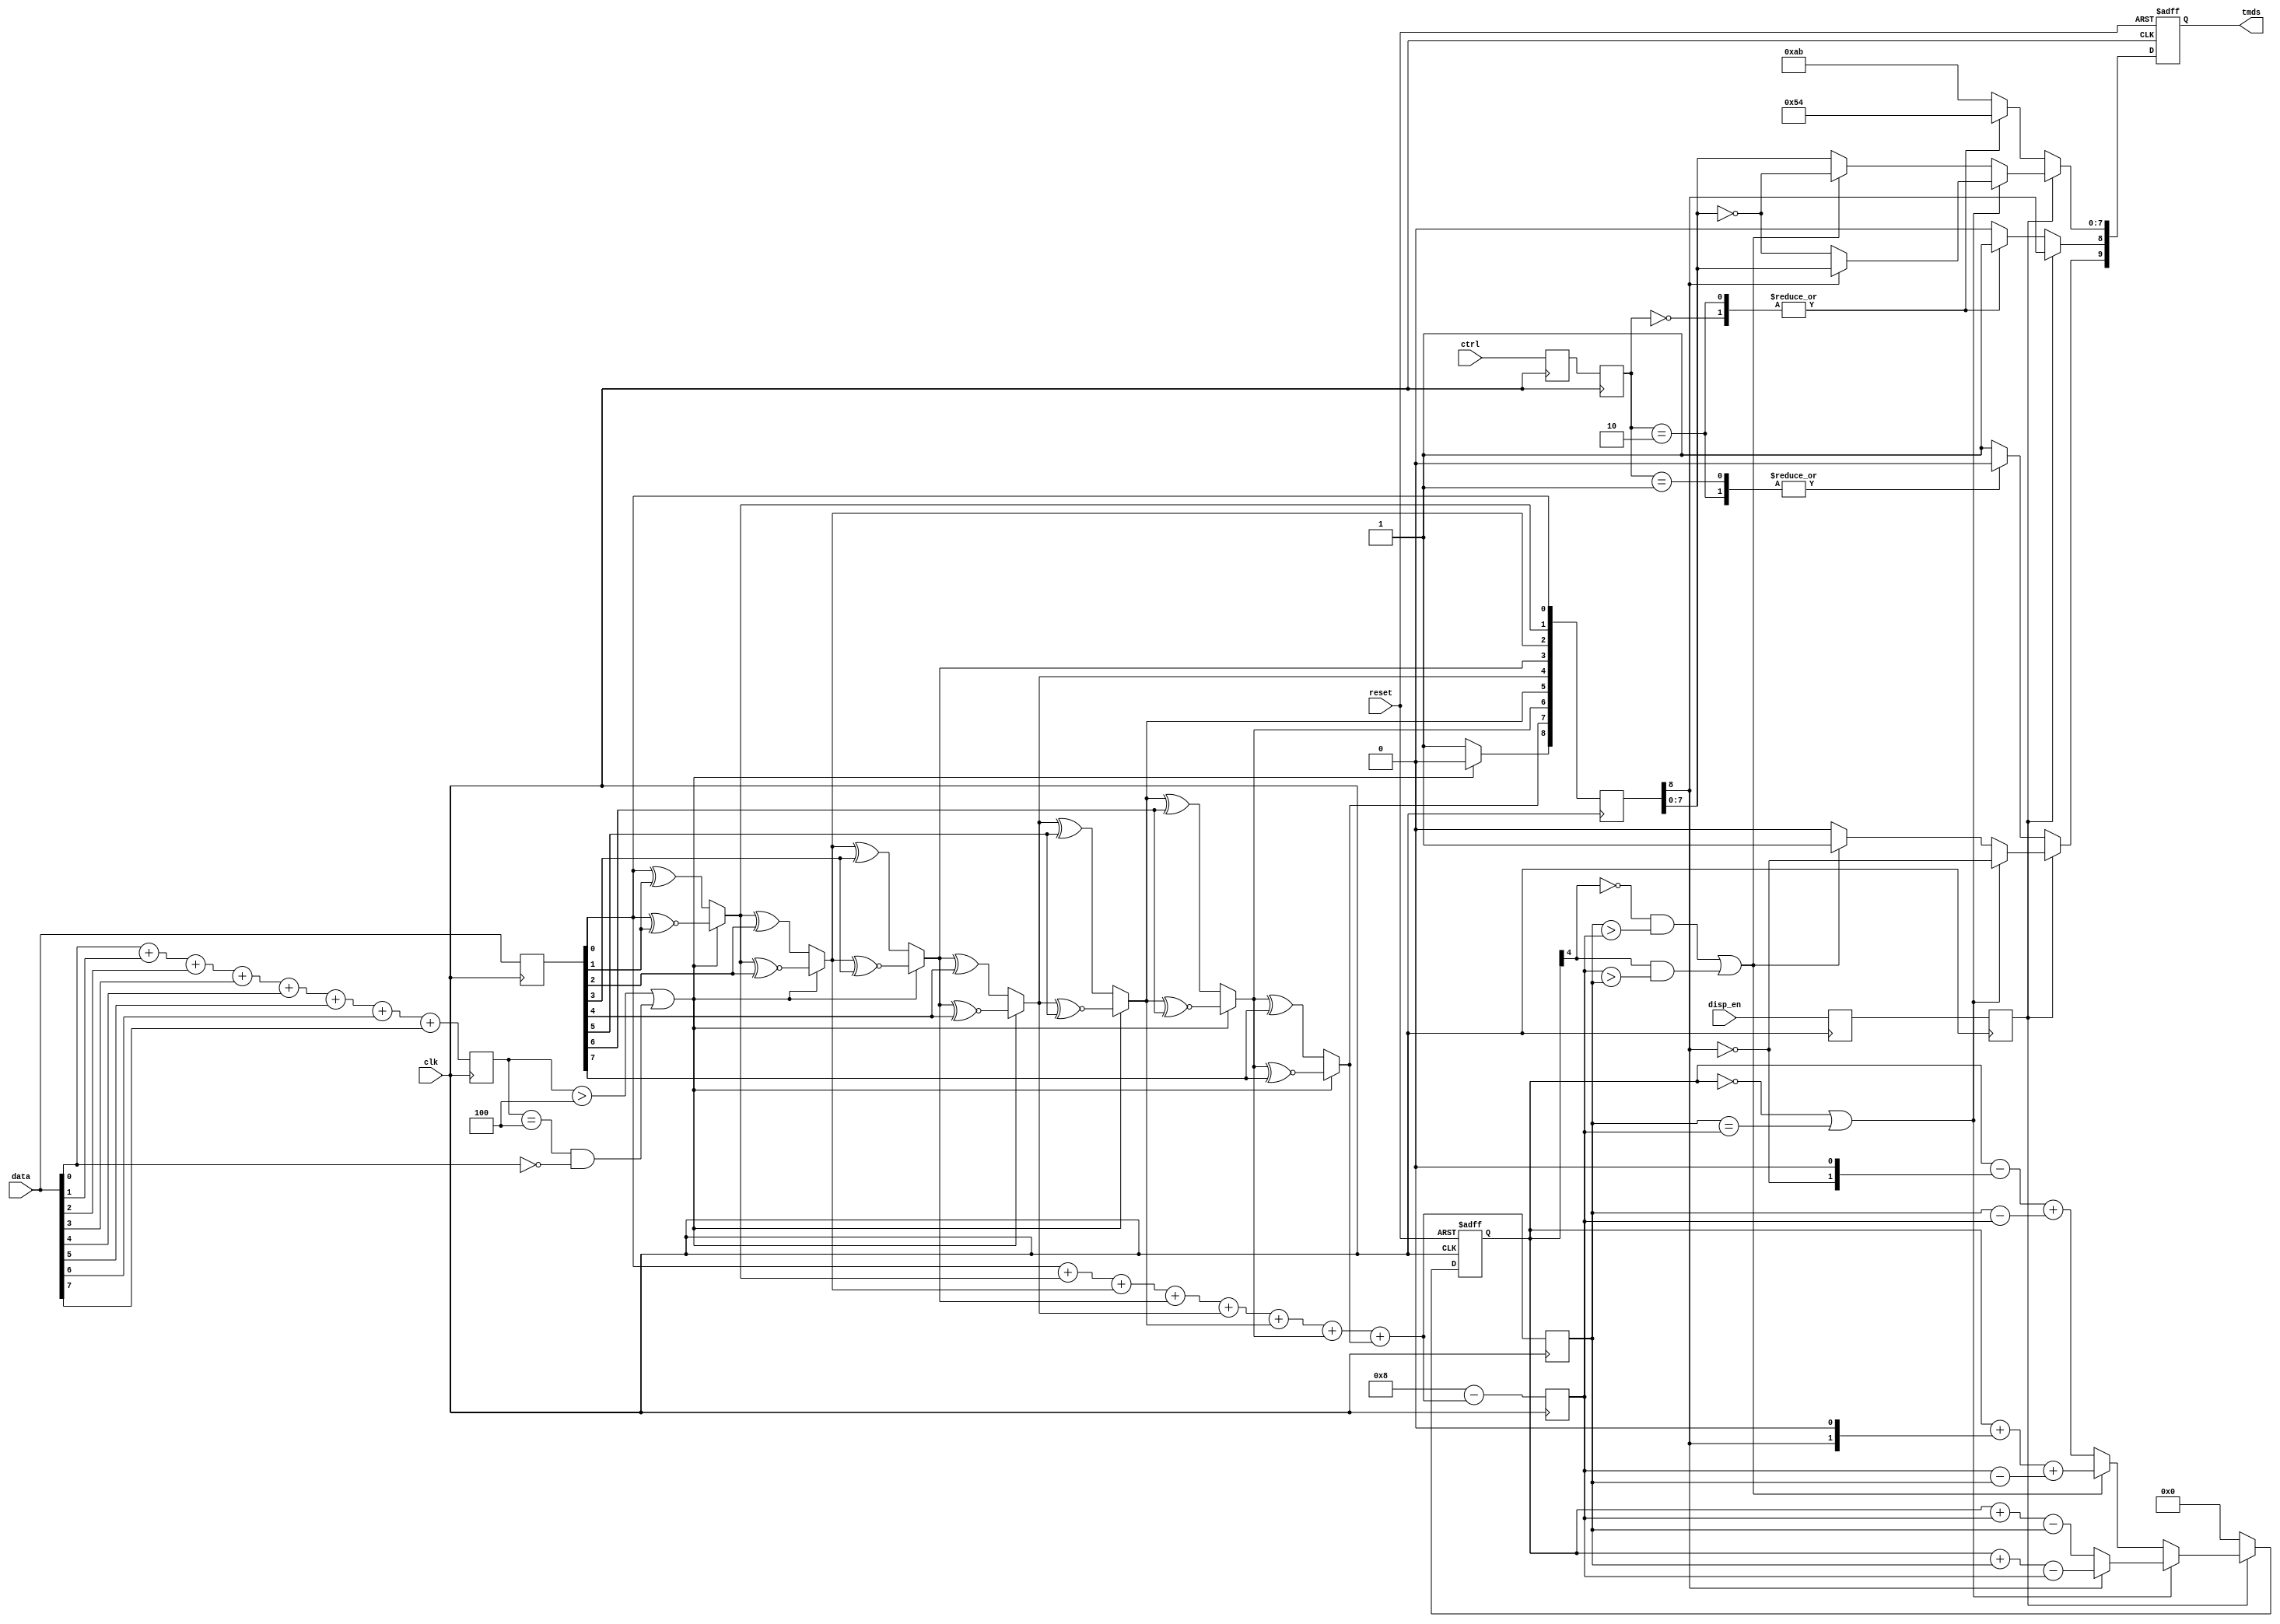
module tmds_encoder(clk, reset, disp_en, ctrl, data, tmds);
    input clk;          // Clock signal
    input reset;        // Reset signal (active-low)
    input disp_en;      // Display data or control data
    input [1:0] ctrl;   // Control bits
    input [7:0] data;   // Input data
    output reg [9:0] tmds;  // TMDS output

    // # of ones for data, # of ones for q_m, # of zeros for q_m
    reg [3:0] n1d, n1q_m, n0q_m;

    // Buffer for first stage data input
    reg [7:0] data_buf;

    // Buffer for first stage data output
    wire [8:0] q_m;

    // operation for 1st stage data transformation
    wire op;

    // signals for pipelining
    reg disp_en_q, disp_en_reg;
    reg [1:0] ctrl_q, ctrl_reg;
    reg [8:0] q_m_reg;

    // Disparity counter
    reg [4:0] disparity;

    // 1st stage: 8-bit to 9-bit transformation

    // Determine XNOR vs XOR operation
    assign op = (n1d > 4'd4) || (n1d == 4'd4 && data[0] == 1'b0);

    // Perform operation
    assign q_m[0] = data_buf[0];
    assign q_m[1] = (op) ? (q_m[0] ^~ data_buf[1]) : (q_m[0] ^ data_buf[1]);
    assign q_m[2] = (op) ? (q_m[1] ^~ data_buf[2]) : (q_m[1] ^ data_buf[2]);
    assign q_m[3] = (op) ? (q_m[2] ^~ data_buf[3]) : (q_m[2] ^ data_buf[3]);
    assign q_m[4] = (op) ? (q_m[3] ^~ data_buf[4]) : (q_m[3] ^ data_buf[4]);
    assign q_m[5] = (op) ? (q_m[4] ^~ data_buf[5]) : (q_m[4] ^ data_buf[5]);
    assign q_m[6] = (op) ? (q_m[5] ^~ data_buf[6]) : (q_m[5] ^ data_buf[6]);
    assign q_m[7] = (op) ? (q_m[6] ^~ data_buf[7]) : (q_m[6] ^ data_buf[7]);
    assign q_m[8] = (op) ? 1'b0 : 1'b1;
    
    always @ (posedge clk) begin
        data_buf <= data;

        // Count the ones in the input data
        n1d    <= data[0] + data[1] + data[2] + data[3] + data[4] + data[5] + data[6] + data[7];

        // Count the ones from the first stage data
        n1q_m  <= q_m[0] + q_m[1] + q_m[2] + q_m[3] + q_m[4] + q_m[5] + q_m[6] + q_m[7];

        // Count the zeros from the first stage data
        n0q_m  <= 4'h8 - (q_m[0] + q_m[1] + q_m[2] + q_m[3] + q_m[4] + q_m[5] + q_m[6] + q_m[7]);

        // Pipelining of key signals
        disp_en_q   <= disp_en;
        disp_en_reg <= disp_en_q;

        ctrl_q      <= ctrl;
        ctrl_reg    <= ctrl_q;

        q_m_reg     <= q_m;
    end

    // 2nd stage: 9-bit to 10-bit transformation
    always @ (posedge clk or negedge reset) begin
        if (~reset) begin
            tmds <= 10'd0;
            disparity <= 5'd0;
        end
        else begin
            if (disp_en_reg) begin
                if ((disparity == 5'h0) | (n1q_m == n0q_m)) begin
                    tmds[9]   <= ~q_m_reg[8];
                    tmds[8]   <= q_m_reg[8];
                    tmds[7:0] <= (q_m_reg[8]) ? q_m_reg[7:0] : ~q_m_reg[7:0];

                    disparity <= (~q_m_reg[8]) ? (disparity + n0q_m - n1q_m) : (disparity + n1q_m - n0q_m);
                end
                else begin
                    if ((~disparity[4] & (n1q_m > n0q_m)) | (disparity[4] & (n0q_m > n1q_m))) begin
                        tmds[9]   <= 1'b1;
                        tmds[8]   <= q_m_reg[8];
                        tmds[7:0] <= ~q_m_reg[7:0];

                        disparity <= disparity + {q_m_reg[8], 1'b0} + (n0q_m - n1q_m);
                    end
                    else begin
                        tmds[9]   <= 1'b0;
                        tmds[8]   <= q_m_reg[8];
                        tmds[7:0] <= q_m_reg[7:0];

                        disparity <= disparity - {~q_m_reg[8], 1'b0} + (n1q_m - n0q_m);
                    end
                end
            end
            else begin
                // Control data from: https://en.wikipedia.org/wiki/Transition-minimized_differential_signaling
                case (ctrl_reg)
                    2'b00: tmds <= 10'b1101010100;
                    2'b01: tmds <= 10'b0010101011;
                    2'b10: tmds <= 10'b0101010100;
                    default: tmds <= 10'b1010101011;
                endcase
    
                disparity <= 4'd0;
            end
        end
    end
endmodule